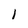
Character: 1